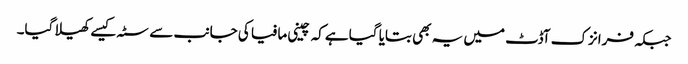
جبکہ فرانزک آڈٹ میں یہ بھی بتایا گیا ہےکہ چینی مافیا کی جانب سے سٹہ کیسےکھیلا گیا۔